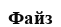
Файз